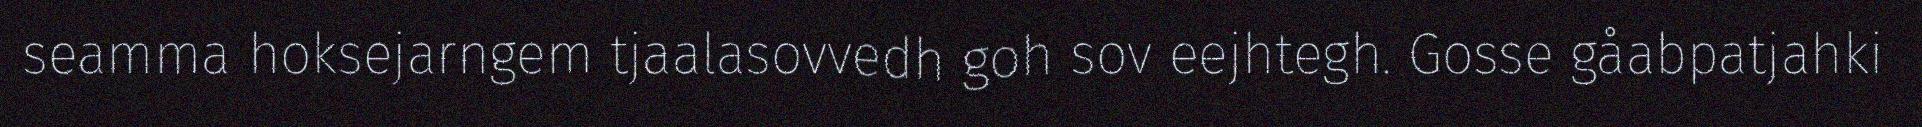
seamma hoksejarngem tjaalasovvedh goh sov eejhtegh. Gosse gåabpatjahki